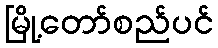
မြို့တော်စည်ပင်